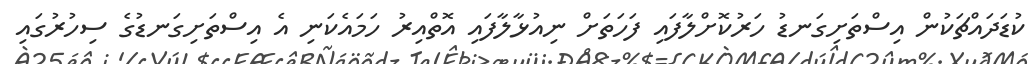
ކުޑަދައްޗަކުން އިސްތަށިގަނޑު ހަރުކޮށްލާފައި ފަހަތަށް ނިއުޅާލާފައި އޮތްއިރު ހަމައެކަނި އެ އިސްތަށިގަނޑުގެ ސިހުރުގައި